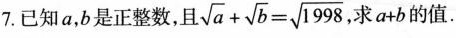
7.已知a，b是正整数，且 $$\sqrt { a } + \sqrt { b } = \sqrt { 1 9 9 8 }$$ ，求 $$a + b$$ 的值.